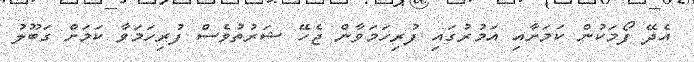
އެދޭ ފޯމަކުން ކަމަށާއި އަމުރުގައި ފުރިހަމަވާން ޖެހޭ ޝަރުތުވެސް ފުރިހަމަވާ ކަމަށް ގަބޫލު